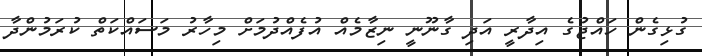
ގުޅިގެން ހައްޖުގެ އިދާރީ އަދި ގާނޫނީ ނިޒާމެއް އުފެއްދުމަށް މިހާރު މަސައްކަތް ކުރަމުންދާ